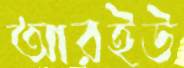
আরইউ